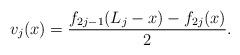
LaTeX: \begin{align*}v_j(x) = \frac{f_{2j - 1}(L_j - x) - f_{2j}(x)}{2}.\end{align*}